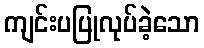
ကျင်းပပြုလုပ်ခဲ့သော